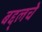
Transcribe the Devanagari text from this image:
बद्द्लचे